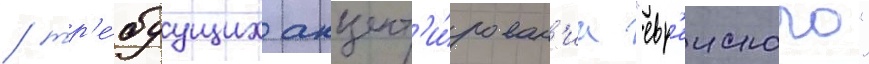
/ тр'е́буущих акцент'и́рован'иа "евр'еиского"